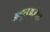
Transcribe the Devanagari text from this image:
अब्दुलअज़ीज़